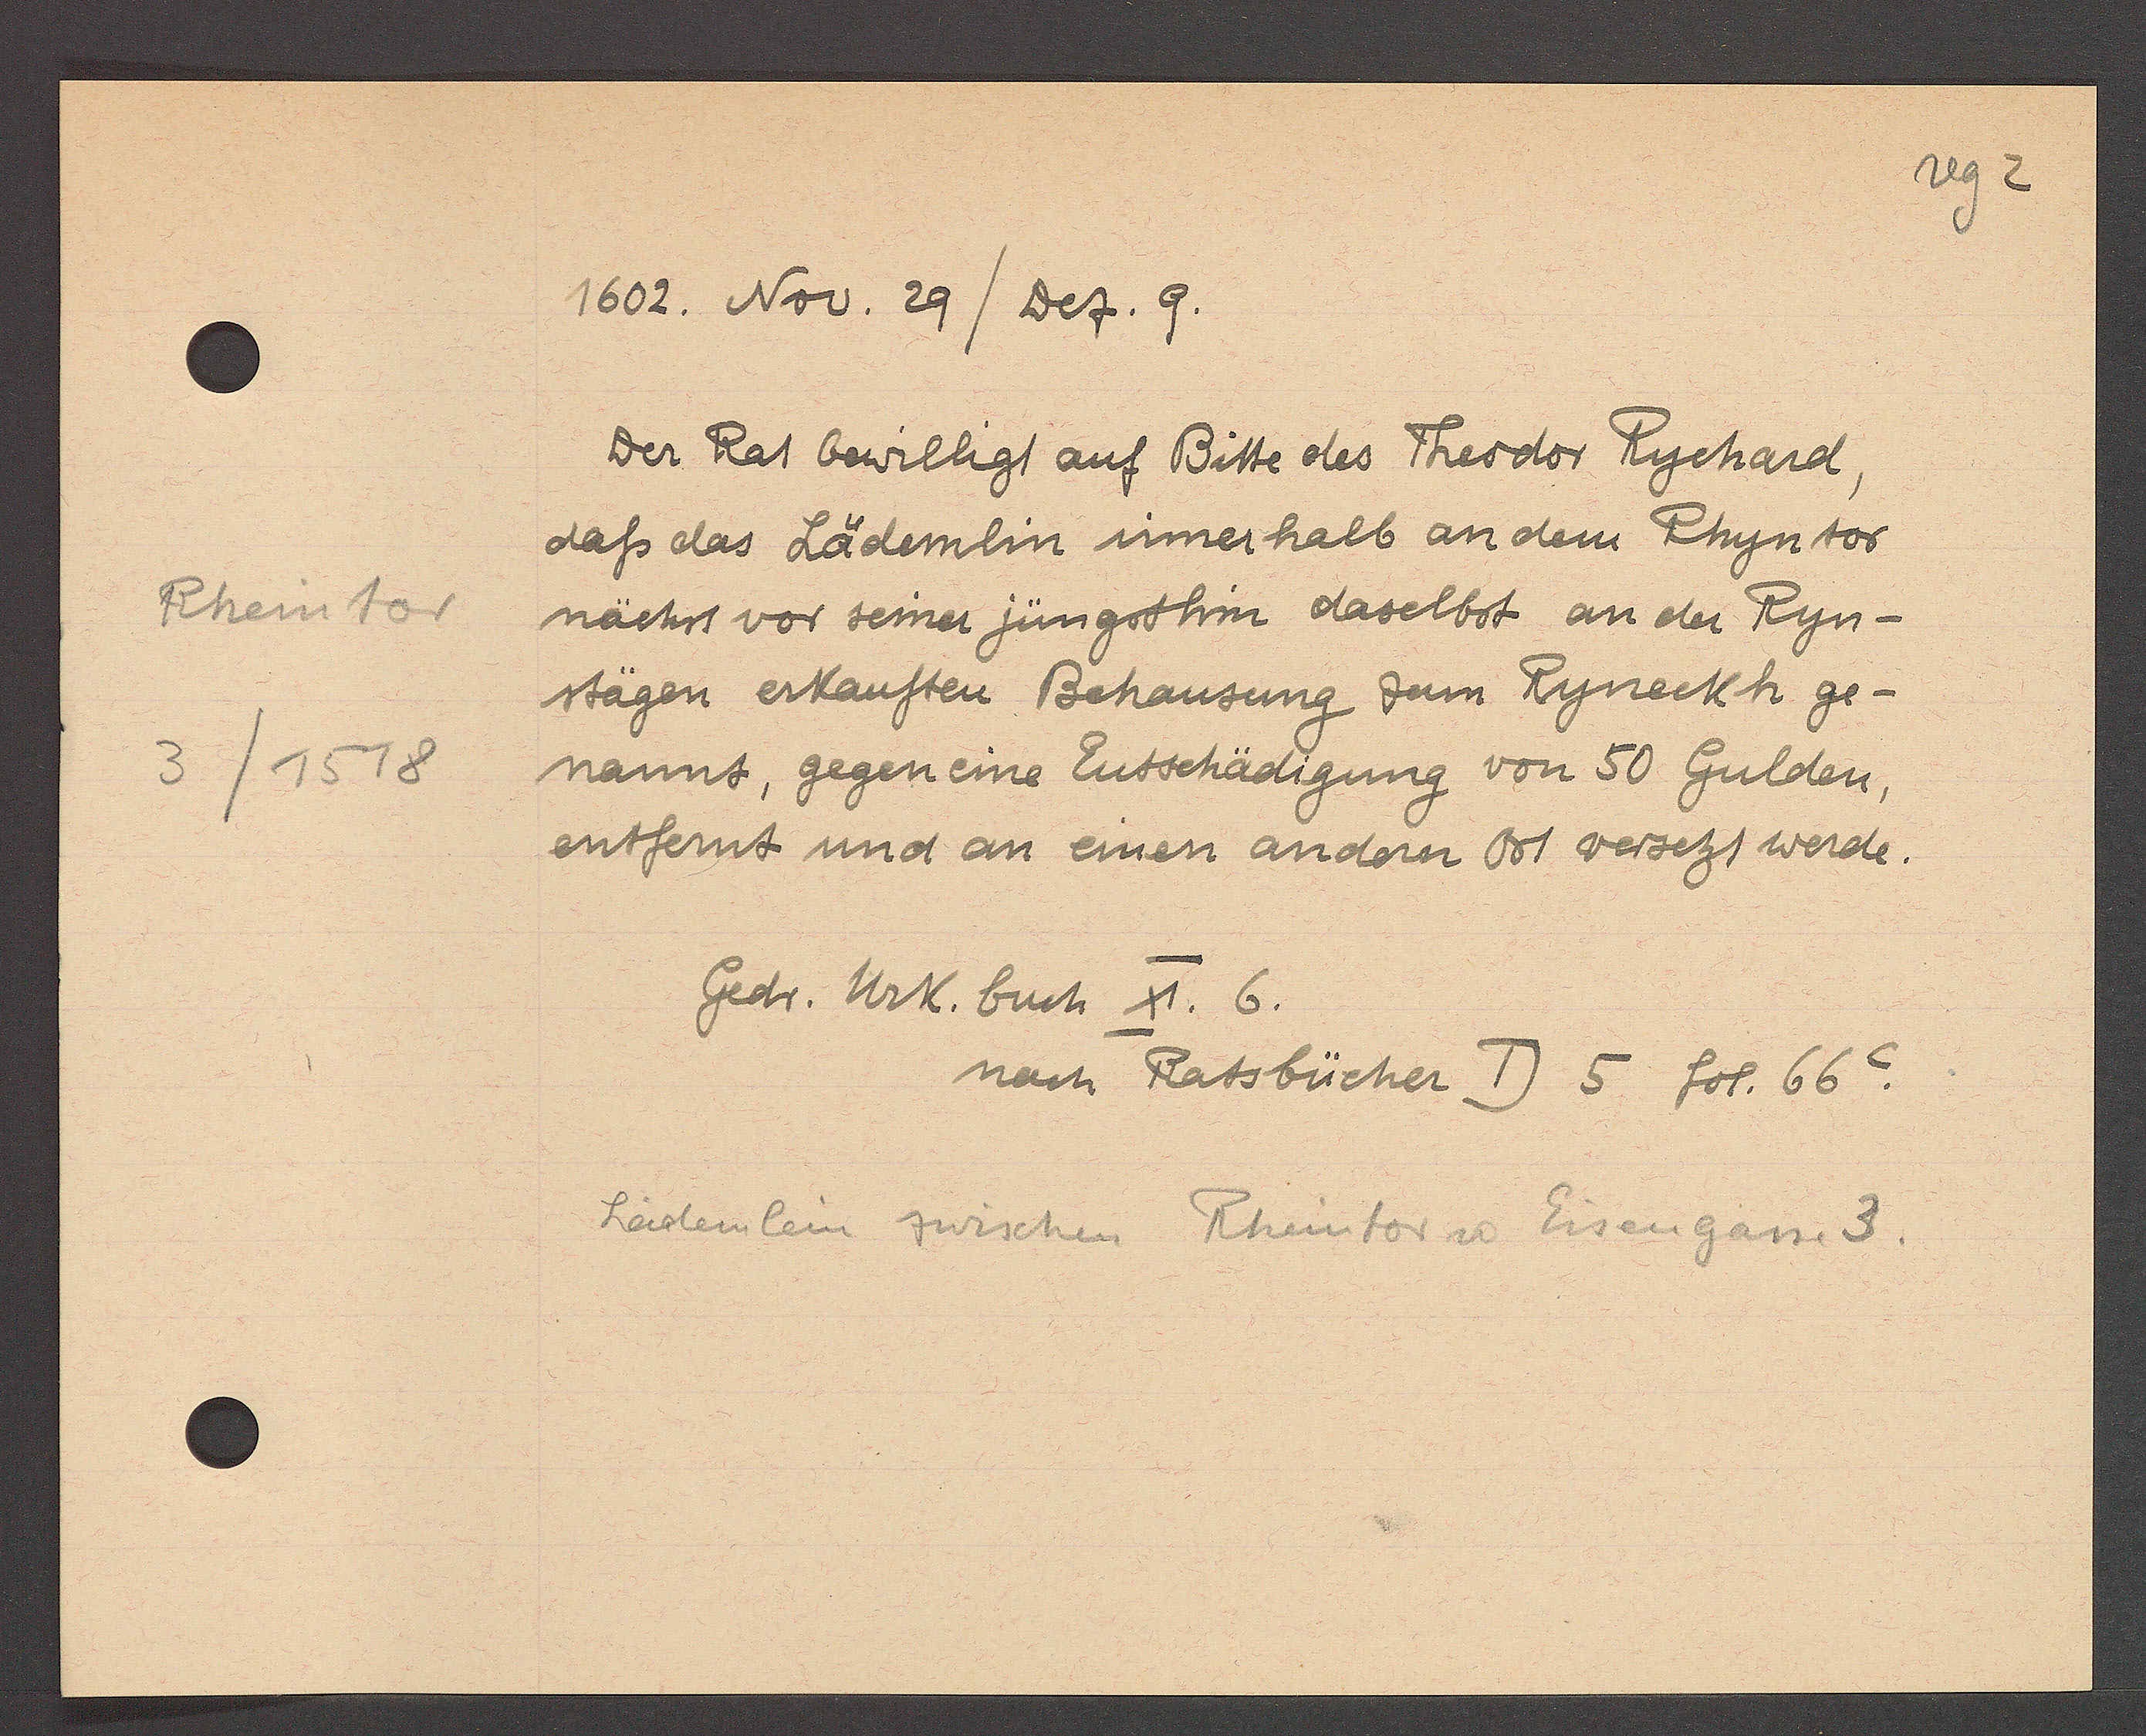
Transcript:
Rheintor
3/1518

1602. Nov. 29 / Dez. 9.
Der Rat bewilligt auf Bitte des Theodor Rychard,
dass das Lädemlin siner halb an dem Rhyntor
nächst vor seiner jüngsthin daselbst an der Ryn-
stägen erkauften Behausung zum Ryneckh ge-
nannt, gegen eine Entschädigung von 50 Gulden,
entfernt und an einen andern Ort versetzt werde.
Gedr. Urk. buch XI. 6.
nach Ratsbücher D 5 fol. 66C.
Lädemlein zwischen Rheintor u Eisengasse 3.